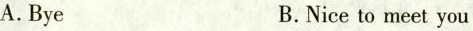
A.Bye B.Nice to meet you